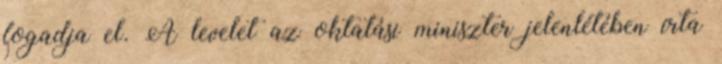
fogadja el. A levelet az oktatási miniszter jelenlétében írta